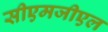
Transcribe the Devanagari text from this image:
सीएमजीएल